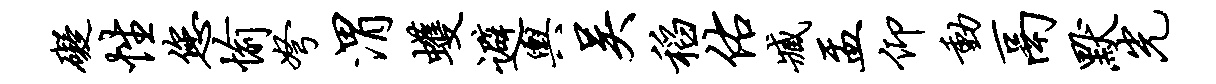
碍性您愉弩渭蠖避舆吴稻佑臧盂仰动鬲默光